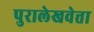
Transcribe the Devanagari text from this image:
पुरालेखवेत्ता